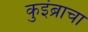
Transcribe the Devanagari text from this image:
कुइंब्राचा